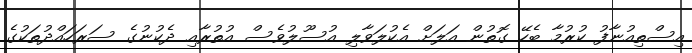
އިސްތިއުނާފު ކުރުމާ ބެހޭ ގޮތުން އަލަށް އެކުލަވާލި އުސޫލުވެސް އުތުރާއި ދެކުނުގެ ސަރަހައްދުތަކުގެ